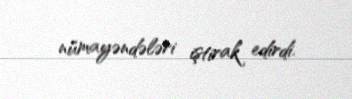
nümayəndələri iştirak edirdi.